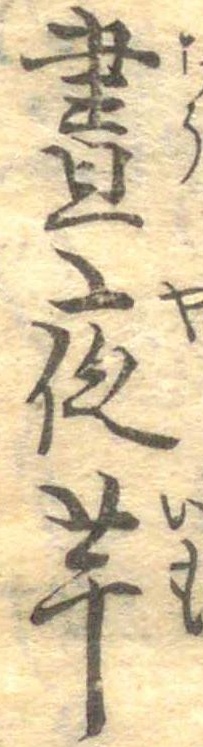
昼夜芋